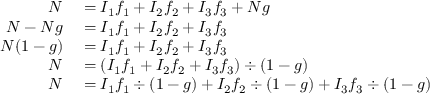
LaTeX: \begin{array} { r l } { N } & { { } = I _ { \mathrm { 1 } } f _ { \mathrm { 1 } } + I _ { \mathrm { 2 } } f _ { \mathrm { 2 } } + I _ { \mathrm { 3 } } f _ { \mathrm { 3 } } + N g } \\ { N - N g } & { { } = I _ { \mathrm { 1 } } f _ { \mathrm { 1 } } + I _ { \mathrm { 2 } } f _ { \mathrm { 2 } } + I _ { \mathrm { 3 } } f _ { \mathrm { 3 } } } \\ { N ( 1 - g ) } & { { } = I _ { \mathrm { 1 } } f _ { \mathrm { 1 } } + I _ { \mathrm { 2 } } f _ { \mathrm { 2 } } + I _ { \mathrm { 3 } } f _ { \mathrm { 3 } } } \\ { N } & { { } = ( I _ { \mathrm { 1 } } f _ { \mathrm { 1 } } + I _ { \mathrm { 2 } } f _ { \mathrm { 2 } } + I _ { \mathrm { 3 } } f _ { \mathrm { 3 } } ) \div ( 1 - g ) } \\ { N } & { { } = I _ { \mathrm { 1 } } f _ { \mathrm { 1 } } \div ( 1 - g ) + I _ { \mathrm { 2 } } f _ { \mathrm { 2 } } \div ( 1 - g ) + I _ { \mathrm { 3 } } f _ { \mathrm { 3 } } \div ( 1 - g ) } \end{array}